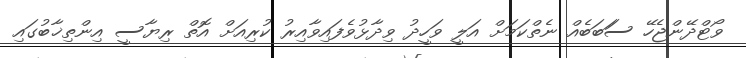
ވޯޓްދޭންޖެހޭ ސަަބަބެއް ނެތްކަމަށް އަލީ ވަހީދު ވިދާޅުވެފައިވާއިރު ކުރިއަށް އޮތް ރިޔާސީ އިންތިޚާބުގަައި